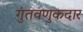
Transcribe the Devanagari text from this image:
गुंतवणुकदार